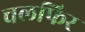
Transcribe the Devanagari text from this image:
चलफिर